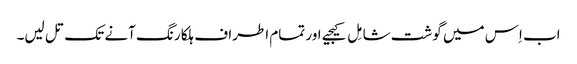
اب اِس میں گوشت شامِل کیجیے اور تمام اطراف ہلکا رنگ آنے تک تل لیں۔